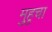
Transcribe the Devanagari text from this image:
मुहुचा